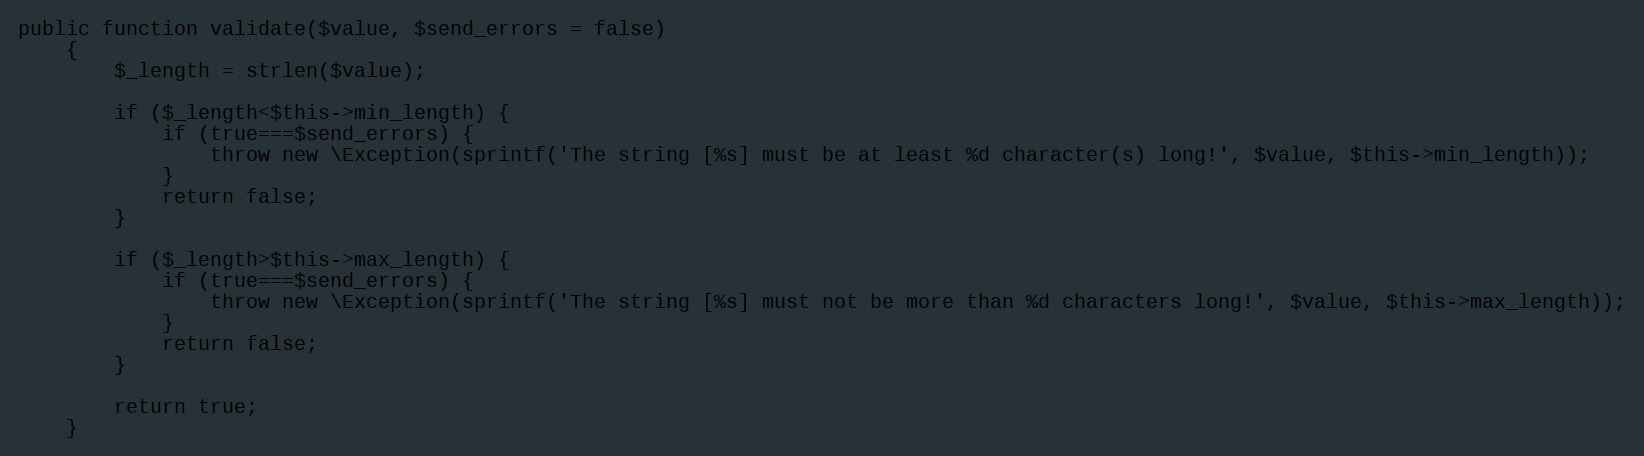
Language: PHP
public function validate($value, $send_errors = false)
    {
        $_length = strlen($value);

        if ($_length<$this->min_length) {
            if (true===$send_errors) {
                throw new \Exception(sprintf('The string [%s] must be at least %d character(s) long!', $value, $this->min_length));
            }
            return false;
        }

        if ($_length>$this->max_length) {
            if (true===$send_errors) {
                throw new \Exception(sprintf('The string [%s] must not be more than %d characters long!', $value, $this->max_length));
            }
            return false;
        }

        return true;
    }